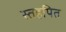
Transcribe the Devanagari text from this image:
स्तहपित